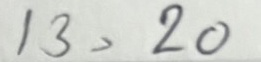
13 = 20